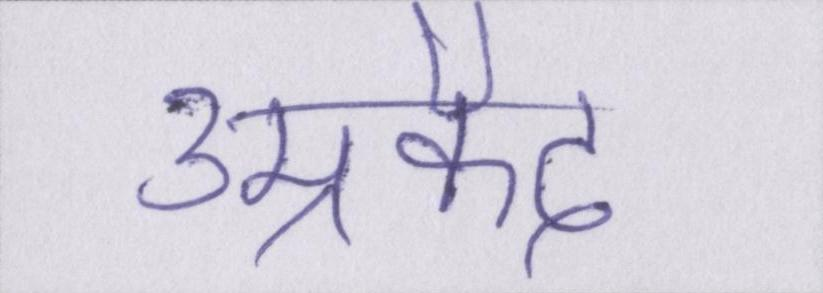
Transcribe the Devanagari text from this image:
उम्रकैद